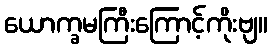
ယောက္ခမကြီးကြောင့်ကိုးဗျ။